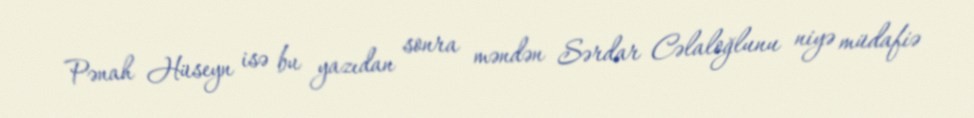
Pənah Hüseyn isə bu yazıdan sonra məndən Sərdar Cəlaloğlunu niyə müdafiə